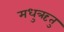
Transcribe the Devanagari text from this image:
मधुऋतु